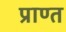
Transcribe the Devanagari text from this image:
प्राण्त